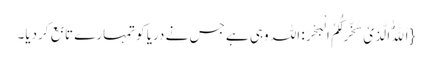
{اَللّٰهُ الَّذِیْ سَخَّرَ لَکُمُ الْبَحْرَ: اللہ وہی ہے جس نے دریا کوتمہارے تابع کردیا۔